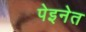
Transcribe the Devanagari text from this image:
पेइनेत